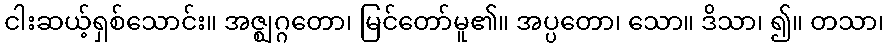
ငါးဆယ့်ရှစ်သောင်း။ အဇ္ဈဂ္ဂတော၊ မြင်တော်မူ၏။ အပ္ပတော၊ သော။ ဒိသာ၊ ၍။ တသာ၊